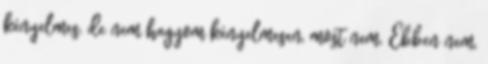
kényelmes, de nem hagyom kényelmesen, most nem. Ebben nem,